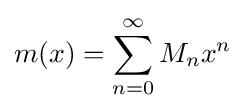
m(x)=\sum _{n=0}^{\infty }M_{n}x^{n}